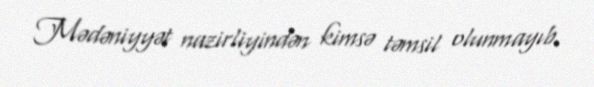
Mədəniyyət nazirliyindən kimsə təmsil olunmayıb.